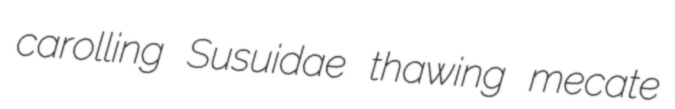
carolling Susuidae thawing mecate